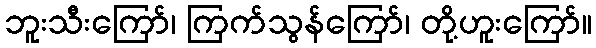
ဘူးသီးကြော်၊ ကြက်သွန်ကြော်၊ တို့ဟူးကြော်။